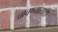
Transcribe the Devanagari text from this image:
चावण्यासाठी